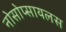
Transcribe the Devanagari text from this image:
नोसोप्सायलस